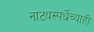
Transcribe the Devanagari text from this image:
नाट्यस्पर्धेच्याही